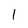
Character: I